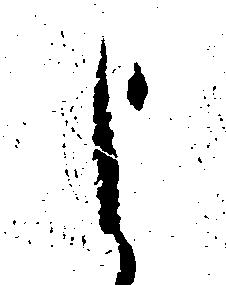
よ